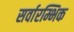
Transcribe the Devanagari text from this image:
सर्वारम्भिक